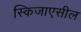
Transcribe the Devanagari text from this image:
स्किजाएसील